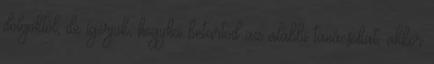
dolgoktól, de ígérjük, hogyha betartod az alábbi tanácsokat, akkor